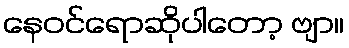
နေဝင်ရောဆိုပါတော့ ဗျာ။